Annual report of the Punjab Veterinary College and of the Civil Veterinary Department, Punjab - 1920-1925
Year: 1920
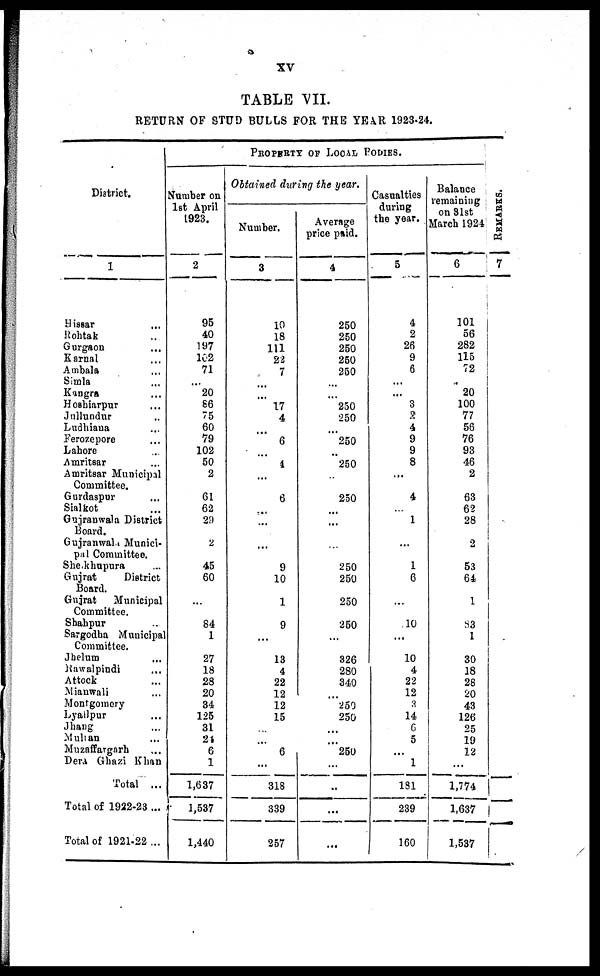
XV
TABLE VII.
RETURN OF STUD BULLS FOR THE YEAR 1923-24.
PROPERTY OF LOCAL BODIES.
District.
1
Hissar ...
Rohtak ...
Gurgaon ...
Ksrnal ...
Ambala ...
Simla ...
Kangra ...
Hoshiarpur ...
Jullundur ...
Ludhiana ...
Ferozepore ...
Lahore ...
Amritsar ...
Amritsar Municipal
Committee.
Gurdaspur ...
Sialkot ...
Gujranwala District
Board.
Gujranwala Munici-
pal Committee.
Shekhupura ...
Gujrat
District
Board.
Gujrat
Municipal
Committee.
Shahpur
Sargodha Municipal
Committee.
Jhelum ...
Rawalpindi ...
Attock ...
Miauwali ...
Montgomery
Lyallpur ...
Jhang ...
Multan ...
Muzaffargarh ...
Dera Gbazi Khan
Total ...
Total of 1922-23 ...
Total of 1921-22...
Number on
1st April
1923.
2
95
40
197
162
71
...
20
66
75
60
79
102
50
2
61
62
29
2
45
60
...
64
1
27
18
28
20
84
125
31
24
6
1
1,637
1,537
1,440
Obtained during the year.
Number.
3
10
18
111
22
7
..
....
17
4
...
6
...
1
...
6
...
...
...
9
10
1
9
...
13
4
22
12
12
15
6
...
318
339
257
Average
price paid.
4
250
250
250
250
260
...
...
250
250
...
250
...
250
...
250
...
...
...
250
250
250
250
...
826
280
840
250
250
250
..
...
...
Casualties
during
the year.
5
4
2
26
9
6
...
...
3
2
4
9
9
8
...
4
...
1
...
1
6
...
10
...
10
4
22
12
3
14
C
5
1
181
239
160
Balance
remaining
on 81st
March 1924
6
101
56
282
115
72
20
100
77
56
76
93
46
2
63
62
28
2
53
64
1
83
1
30
18
28
20
43
126
25
19
12
...
1,774
1,637
1,537
REMARKS
7